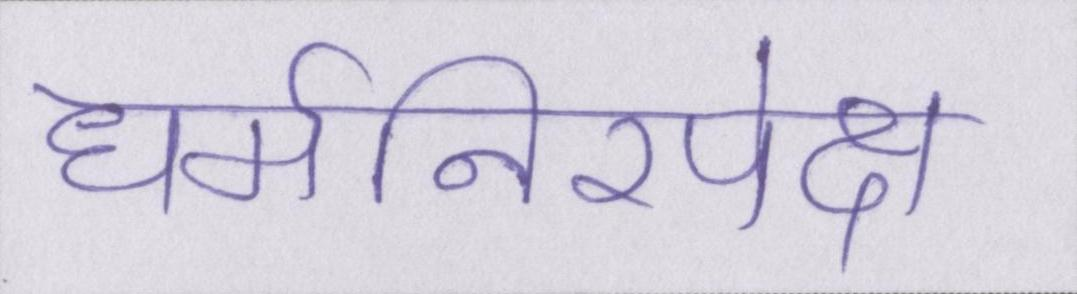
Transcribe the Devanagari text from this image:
धर्मनिरपेक्ष